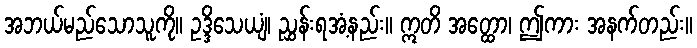
အဘယ်မည်သောသူကို။ ဥဒ္ဒိသေယျံ၊ ညွှန်းရအံ့နည်း။ ဣတိ အတ္ထော၊ ဤကား အနက်တည်း။